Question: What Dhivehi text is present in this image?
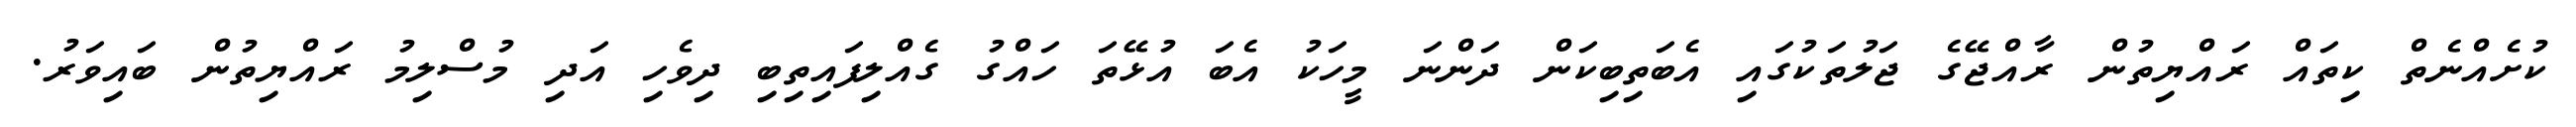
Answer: ކުށެއްނެތް ކިތައް ރައްޔިތުން ރާއްޖޭގެ ޖަލުތަކުގައި އެބަތިބިކަން ދަންނަ މީހަކު އެބަ އުޅޭތަ ހައްގު ގެއްލިފައިތިބި ދިވެހި އަދި މުސްލިމު ރައްޔިތުން ބައިވަރު.